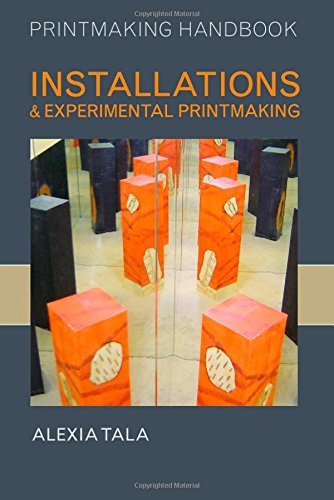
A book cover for Installations and Experimental Printmaking (Printmaking Handbooks); Alexia Tala; Arts & Photography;